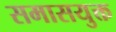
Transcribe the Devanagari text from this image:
समासयुक्त